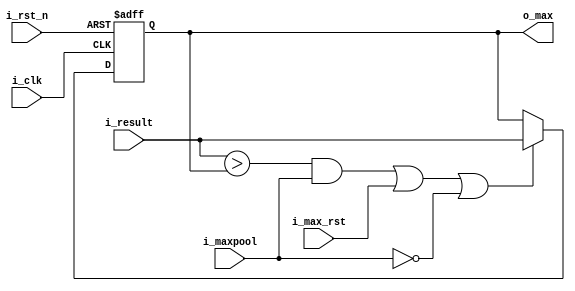
module compare_reg_for_strategy1(
  input i_clk,
  input i_rst_n,
  input i_max_rst,
  input i_maxpool,
  input signed [31:0] i_result,
  output reg signed [31:0] o_max
);

  wire max = (i_result > o_max) && i_maxpool;

  always@(posedge i_clk or negedge i_rst_n)begin
    if(!i_rst_n)begin
      o_max <= 32'd0;
    end else if(max || i_max_rst || !i_maxpool)begin
      o_max <= i_result;
    end
  end

endmodule